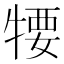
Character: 𤚘